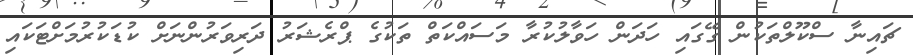
ޗައިނާ ސްކޫލްތަކުން ގޭގައި ހަދަން ހަވާލުކުރާ މަސައްކަތް ތަކުގެ ޕްރެޝަރު ދަރިވަރުންނަށް ކުޑަކުރުމަށްޓަކައި